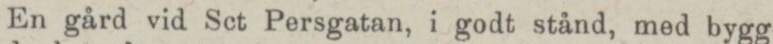
En gård vid Sct Persgatan, i godt stånd, med bygg-